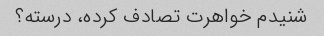
شنیدم خواهرت تصادف کرده، درسته؟